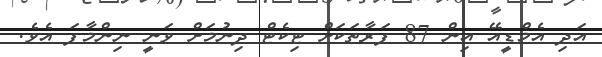
އަދި އެމްޑީއޭ އިން 87 ފަރާތަކަށް ޓިކެޓް ދިނުމަށް ވަނީ ނިންމާފަ އެވެ.